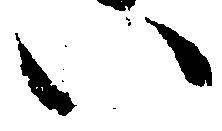
い